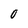
Character: 0